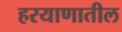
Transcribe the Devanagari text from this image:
हरयाणातील